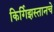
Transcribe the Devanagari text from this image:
किर्गिझस्तानचे